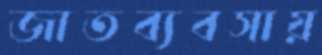
জাতব্যবসায়